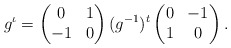
\begin{align*} g^\iota = \begin{pmatrix} 0&1\\-1&0\end{pmatrix} (g^{-1})^t \begin{pmatrix}0&-1\\1&0\end{pmatrix}.\end{align*}